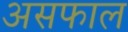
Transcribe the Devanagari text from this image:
असफाल